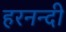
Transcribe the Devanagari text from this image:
हरनन्दी